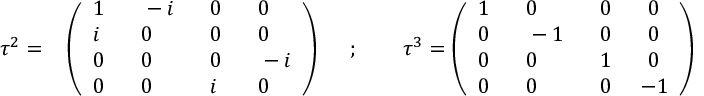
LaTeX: \tau ^ { 2 } = ~ ~ \left( \begin{array} { l l l l } { { 1 ~ } } & { { ~ - i ~ } } & { { ~ 0 ~ } } & { { ~ 0 } } \\ { { i ~ } } & { { ~ 0 ~ } } & { { ~ 0 ~ } } & { { ~ 0 } } \\ { { 0 ~ } } & { { ~ 0 ~ } } & { { ~ 0 ~ } } & { { ~ - i } } \\ { { 0 ~ } } & { { ~ 0 ~ } } & { { ~ i ~ } } & { { ~ 0 } } \end{array} \right) \quad ~ ; \qquad \tau ^ { 3 } = \left( \begin{array} { l l l l } { { 1 ~ } } & { { ~ 0 ~ } } & { { ~ 0 ~ } } & { { ~ 0 } } \\ { { 0 ~ } } & { { ~ - 1 ~ } } & { { ~ 0 ~ } } & { { ~ 0 } } \\ { { 0 ~ } } & { { ~ 0 ~ } } & { { ~ 1 ~ } } & { { ~ 0 } } \\ { { 0 ~ } } & { { ~ 0 ~ } } & { { ~ 0 ~ } } & { { - 1 } } \end{array} \right)